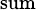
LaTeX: \scriptstyle{\mathrm{sum}}